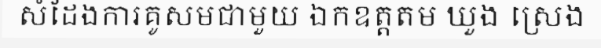
សំដែងការគូសមជាមួយ ឯកឧត្តតម ឃួង ស្រេង